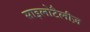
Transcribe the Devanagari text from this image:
साइलोटैलीज़